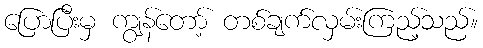
ပြောပြီးမှ ကျွန်တော့် တစ်ချက်လှမ်းကြည့်သည်။